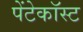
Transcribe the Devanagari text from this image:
पेंटेकॉस्ट